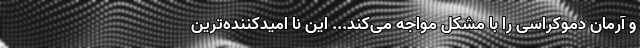
و آرمان دموکراسی را با مشکل مواجه می‌کند... این نا امیدکننده‌ترین